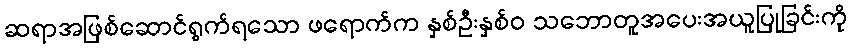
ဆရာအဖြစ်ဆောင်ရွက်ရသော ဖရောက်က နှစ်ဦးနှစ်ဝ သဘောတူအပေးအယူပြုခြင်းကို